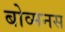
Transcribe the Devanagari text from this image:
बोव्मनस